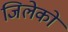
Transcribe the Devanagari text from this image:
जिलेको